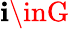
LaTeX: \mathbf{i}\inG